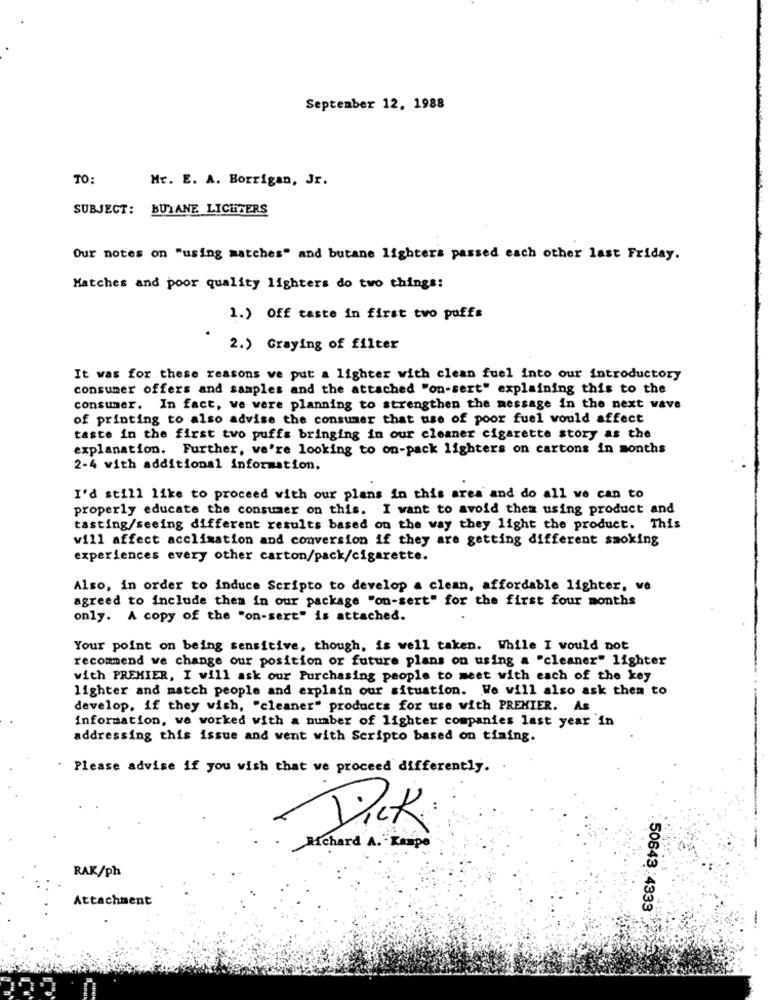
September 12, 1988
TO:
Mr. E. A. Borrigan, Jr.
SUBJECT: BUTANE LICHTERS
Our notes on "using matches" and butane lighters passed each other last Friday.
Matches and poor quality lighters do two things:
1.) Off taste in first two puffs
2.) Graying of filter
It was for these reasons ve put a lighter with clean fuel into our introductory
consumer offers and samples and the attached "on-sert" explaining this to the
consumer. In fact, we were planning to strengthen the message in the next wave
of printing to also advise the consumer that use of poor fuel would affect
taste in the first two puffs bringing in our cleaner cigarette story as the
explanation. Further, we're looking to on-pack lighters on cartons in months
2-4 with additional information.
I'd still like to proceed with our plans in this area and do all we can to
properly educate the consumer on this. I want to avoid them using product and
tasting/seeing different results based on the way they light the product. This
will affect acclimation and conversion if they are getting different smoking
experiences every other carton/pack/cigarette.
Also, in order to induce Scripto to develop a clean, affordable lighter, ve
agreed to include them in our package "on-sert" for the first four months
only. A copy of the "on-sert" is attached.
Your point on being sensitive, though, is well taken. While I would not
recommend ve change our position or future plans on using a "cleaner" lighter
with PREMIER, I will ask our Purchasing people to meet with each of the key
lighter and match people and explain our situation. We will also ask them to
develop, if they wish, "cleaner" products for use with PREMIER. As
information, we worked with a number of lighter companies last year in
addressing this issue and went with Scripto based on timing.
. Please advise if you wish that we proceed differently.
Dick
Richard A. Kaspo
RAK/ph
Attachment
50643 4333